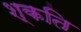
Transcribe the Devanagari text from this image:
श्कति